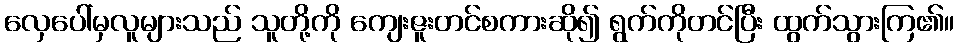
လှေပေါ်မှလူများသည် သူတို့ကို ကျေးဇူးတင်စကားဆို၍ ရွက်ကိုတင်ပြီး ထွက်သွားကြ၏။